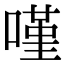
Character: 𠻨